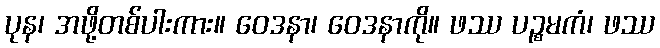
ပုန၊ အဖို့တစ်ပါးကား။ ဝေဒနာ၊ ဝေဒနာကို။ ဖဿ ပဉ္စမကံ၊ ဖဿ